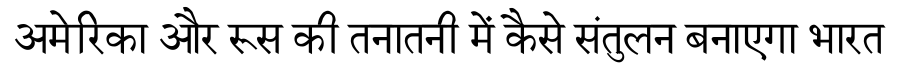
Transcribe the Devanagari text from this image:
अमेरिका और रूस की तनातनी में कैसे संतुलन बनाएगा भारत